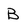
Character: B